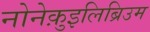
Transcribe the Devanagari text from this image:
नोनेक़ुइलिब्रिउम